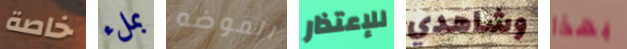
خاصة بملء الموضه للإعتذار وشاهدي بهذا